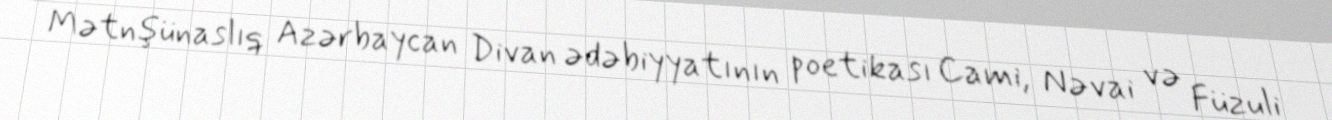
Mətnşünaslıq Azərbaycan Divan ədəbiyyatının poetikası Cami, Nəvai və Füzuli